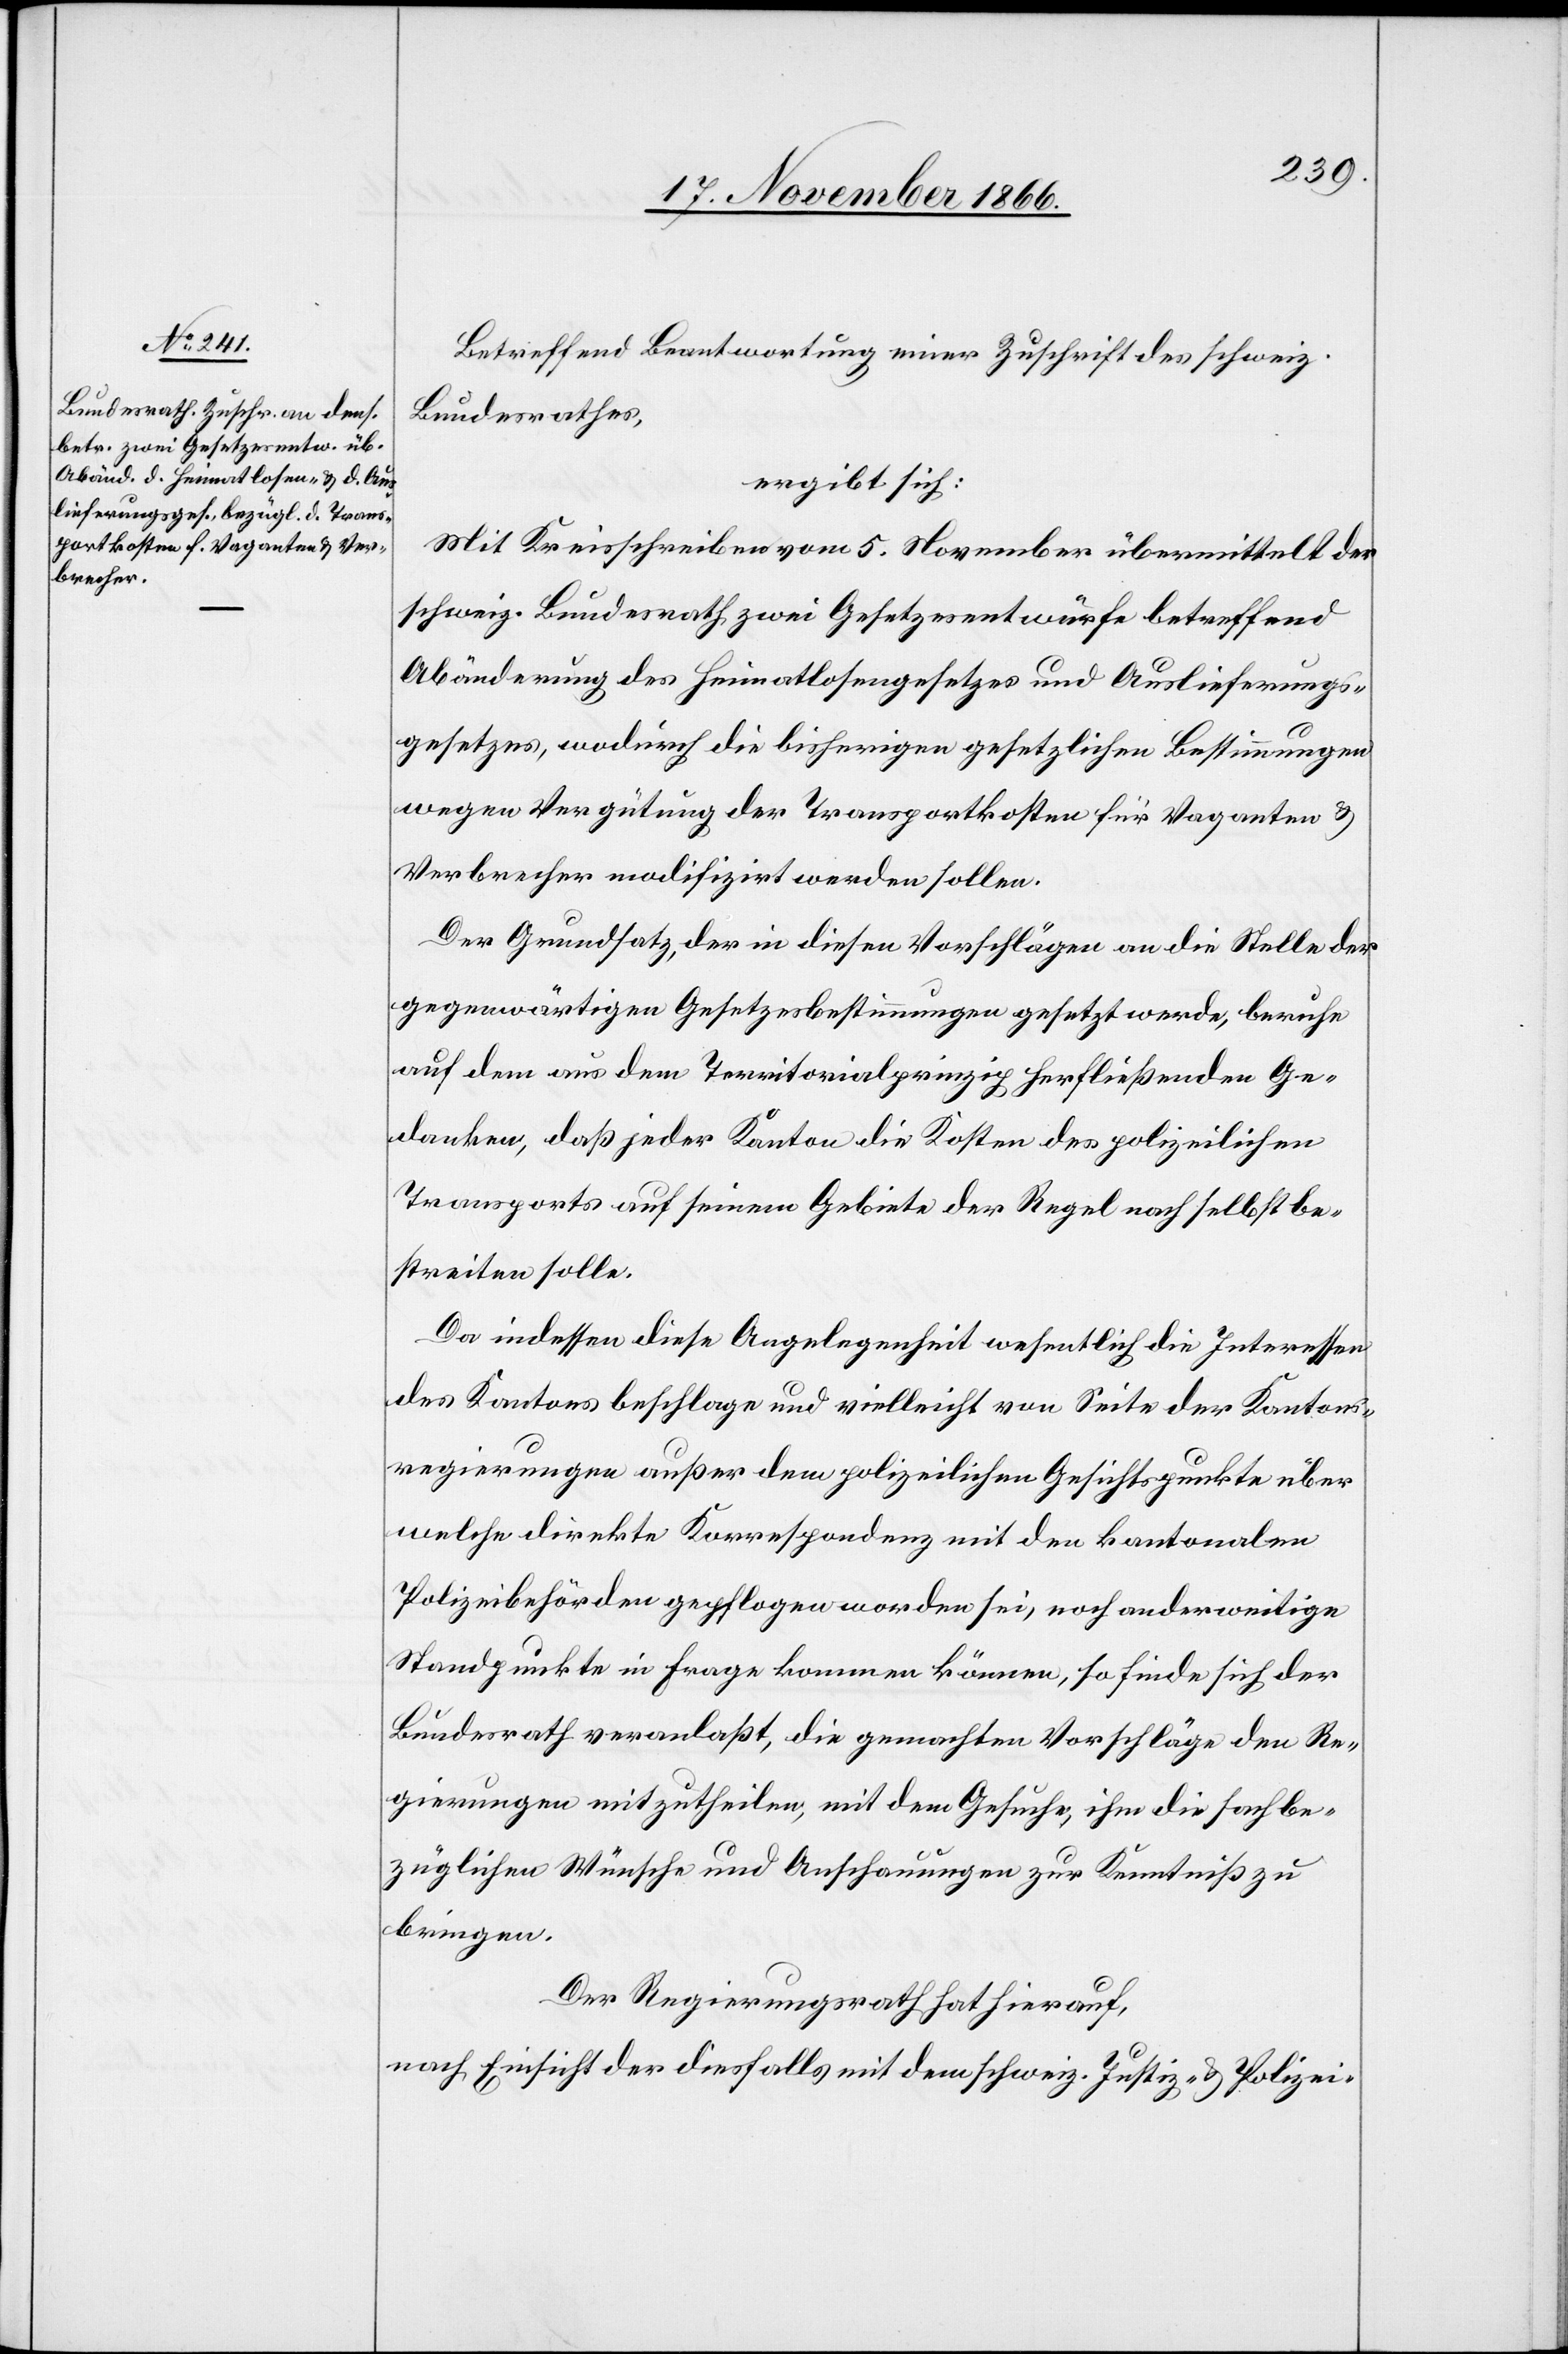
Betreffend Beantwortung einer Zuschrift des schweiz.
Bundesrathes,
ergibt sich:
Mit Kreisschreiben vom 5. November übermittelt der
schweiz. Bundesrath zwei Gesetzesentwürfe betreffend
Abänderung des Heimatlosengesetzes und Auslieferungs¬
gesetzes, wodurch die bisherigen gesetzlichen Bestimmungen
wegen Vergütung der Transportkosten für Vaganten &
Verbrecher modifizirt werden sollen.
Der Grundsatz, der in diesen Vorschlägen an die Stelle der
gegenwärtigen Gesetzesbestimmungen gesetzt werde, beruhe
auf dem aus dem Territorialprinzip herfließenden Ge¬
danken, daß jeder Kanton die Kosten des polizeilichen
Transports auf seinem Gebiete der Regel nach selbst be¬
streiten solle.
Da indessen diese Angelegenheit wesentlich die Interessen
des Kantons beschlage und vielleicht von Seite der Kantons¬
regierungen außer dem polizeilichen Gesichtspunkte über
welche direkte Korrespondenz mit den kantonalen
Polizeibehörden gepflogen worden sei, noch anderweitige
Standpunkte in Frage kommen können, so finde sich der
Bundesrath veranlaßt, die gemachten Vorschläge den Re¬
gierungen mitzutheilen, mit dem Gesuche, ihm die sachbe¬
züglichen Wünsche und Anschauungen zur Kenntniß zu
bringen.
Der Regierungsrath hat hierauf,
nach Einsicht der diesfalls mit dem schweiz. Justiz- & Polizei-